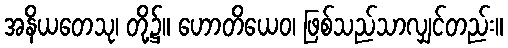
အနိယတေသု၊ တို့၌။ ဟောတိယေဝ၊ ဖြစ်သည်သာလျှင်တည်း။